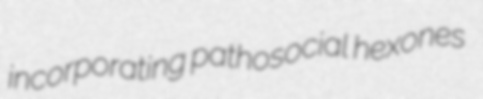
incorporating pathosocial hexones